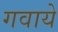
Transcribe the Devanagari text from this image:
गवाये